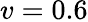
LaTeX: v=0.6